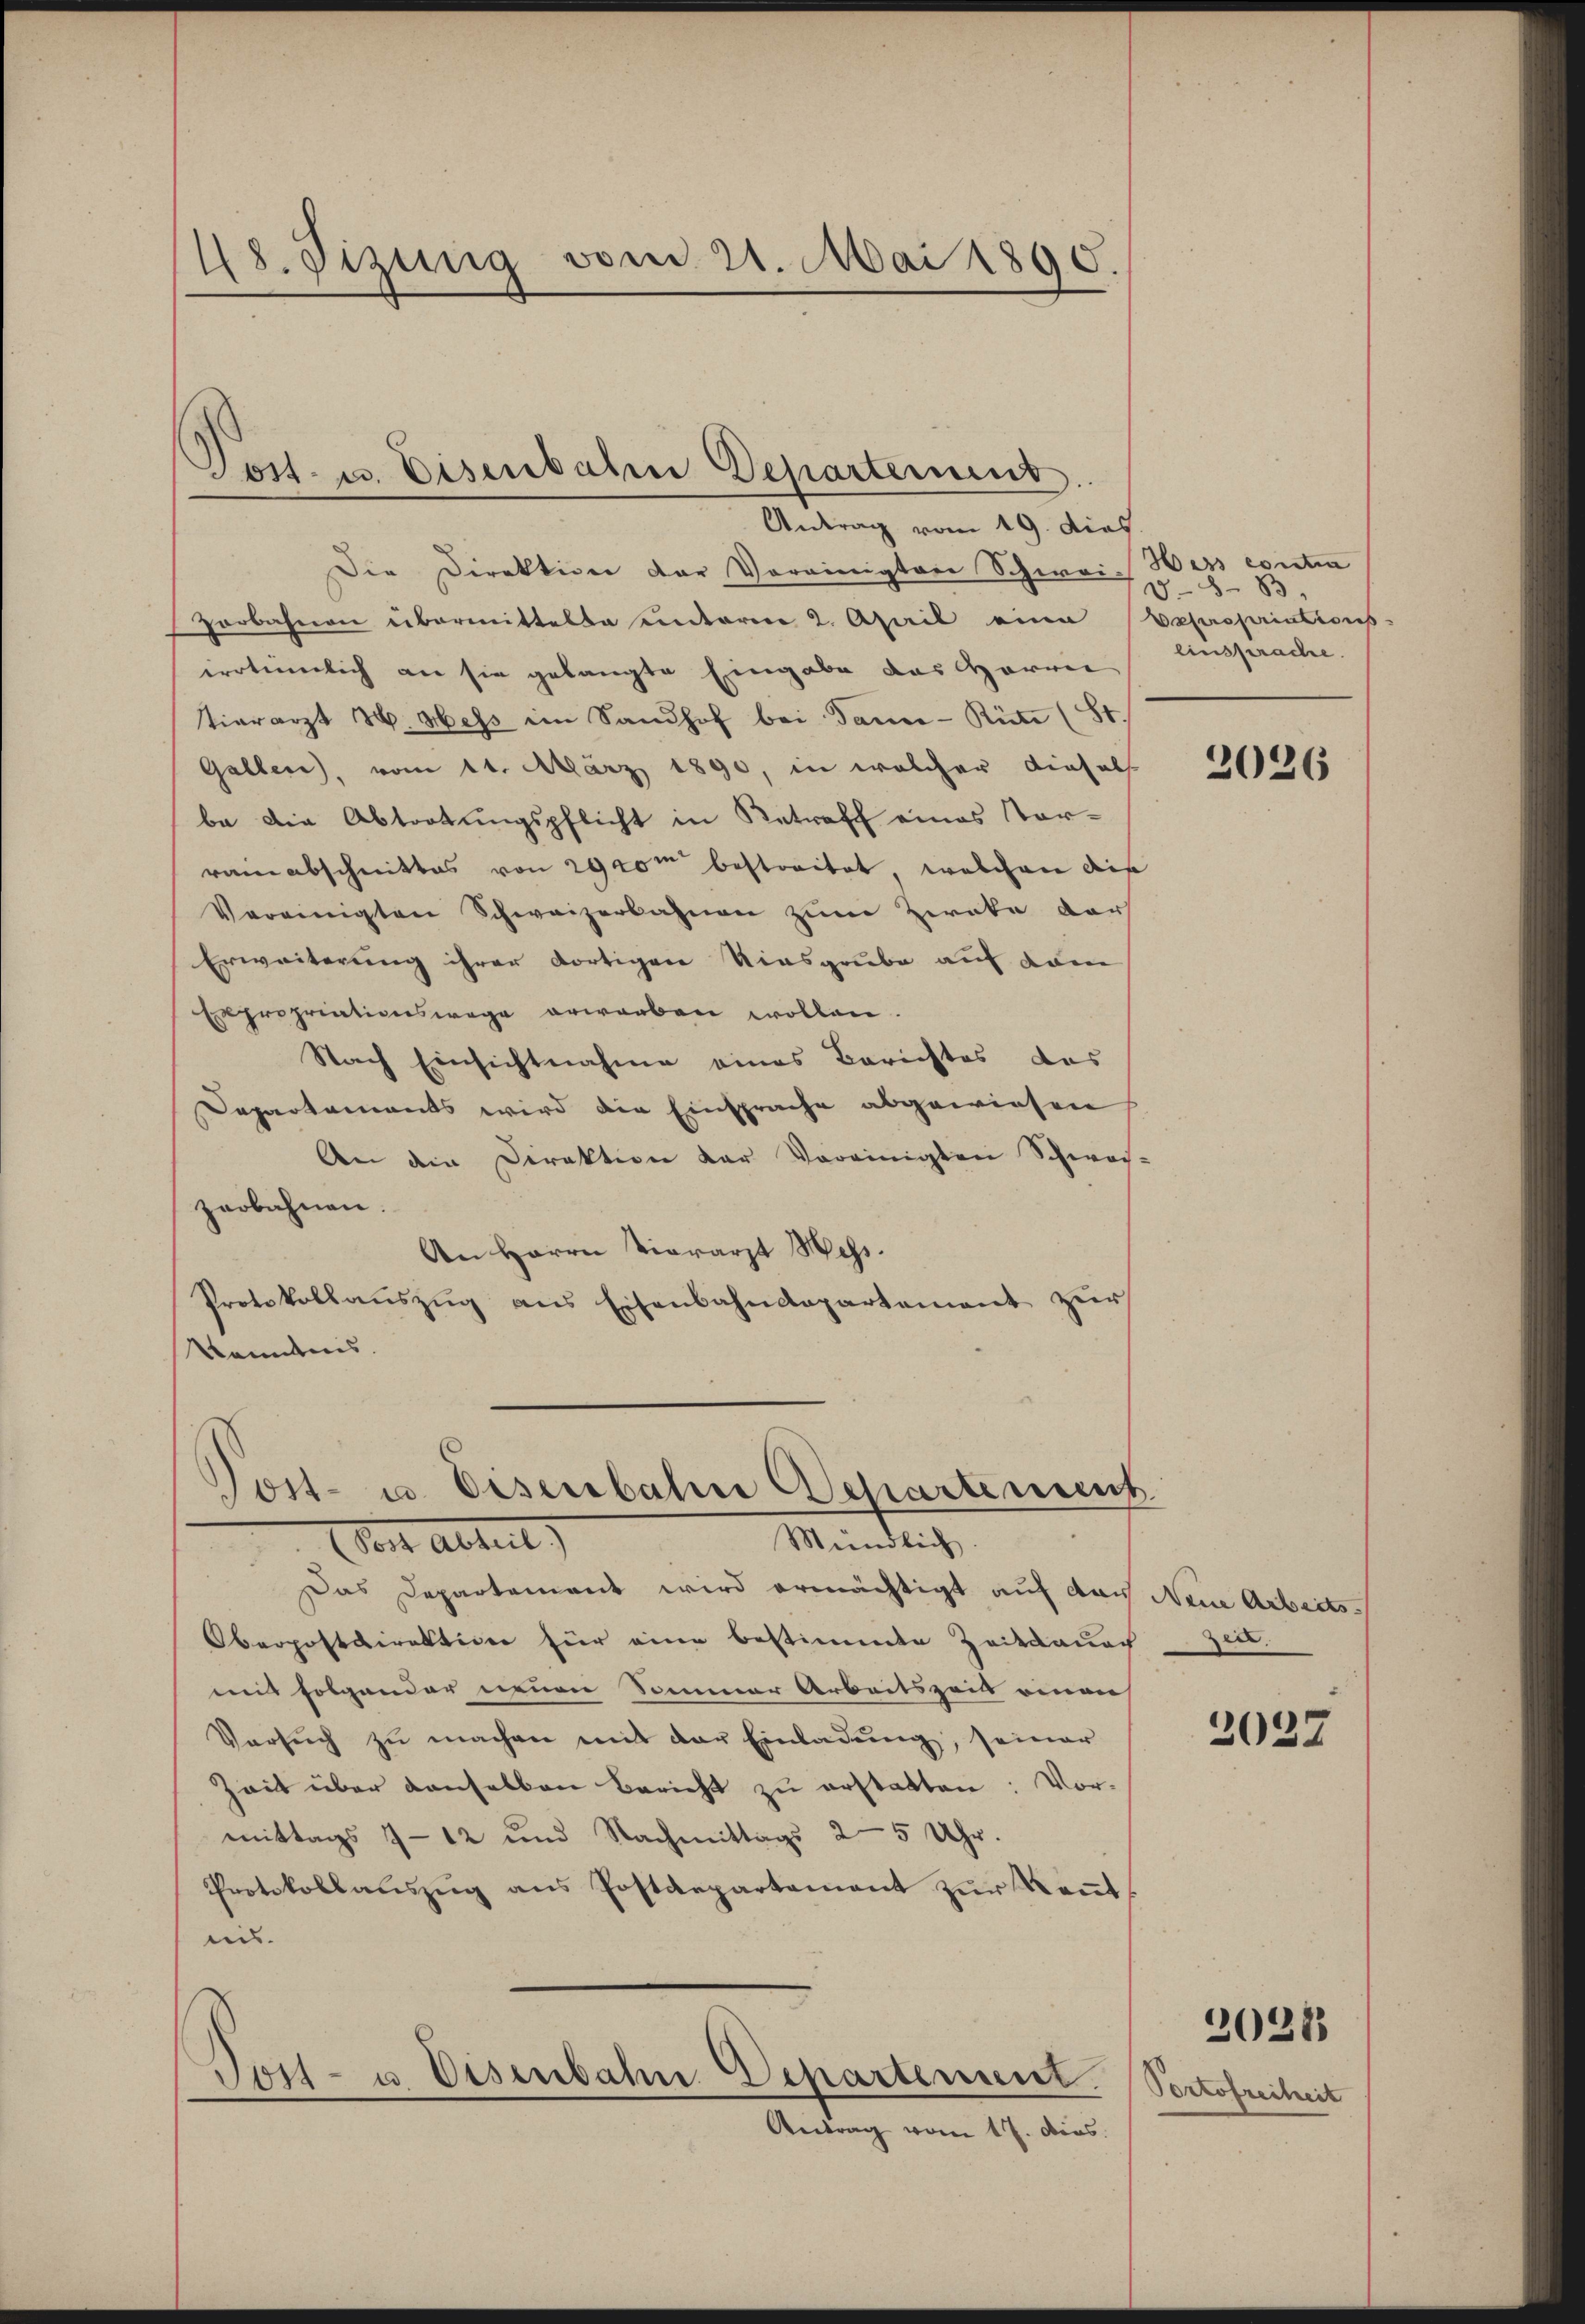
48. Sizung vom 21. Mai 1890.

Post- u. Eisenbahre Departement
Antrag vom 19. dies

Die Direktion der Vereinigten Schwei- Hess contra
Horbahnen übermittelte unterere 2. April eine Bepropriations-
irrtümlich an sie gelangte Eingabe das Harrie
tierarzt H. Hess im Sandhof bei Sauce-Rüte (St.
Gallen, vom 11. März 1890, in welcher diesels
be die Abtretungspflicht in Retroff eines Vorramabschnittes von 2900m bestreitet, welchen die
Vereinigten Schweizerbahnen zum Zweke darf
Erweiterung ihrer dortigen Kiesgrube auf dem
Expropriationswege erworben wollen.
Nach Einsichtnahme eines Berichtes das
Departements wird die Einsprache abgewiesen
An die Direktion der Vereinigten Schwach-
zerbahnen.
An Herrn vierarzt Mess.
Protokollauszug aus Eisenbahndepartement zur
Kenntnis.

Vost- u. Eisenbahn Departement
Mündlich.
Vor Abteil

Tost- u. Eisenbahn Departement.
e
Antrag vom 17. Dios.

Das Departement wird ermächtigt auf das Neue Arbeits¬
Oberpostdirektive für eine bestimmte Zeitdauch zu
mit folgender neuen Sommer Arbeitszeits einen
Versŭch zŭ machen mit der Einladŭng, seiner
Zeit über denselben bericht zu erstatten: Vor-
mittags 9-12 und Nachmittags 25 Uhr.
Protokollaŭszŭg ans Postdepartement zŭr Keṅt-
eis.

B
D
Einsprache.

2026

2027

Portofreiheit

20213